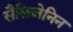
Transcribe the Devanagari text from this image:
सैलिजेनिन